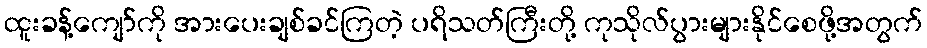
ထူးခန့်ကျော်ကို အားပေးချစ်ခင်ကြတဲ့ ပရိသတ်ကြီးတို့ ကုသိုလ်ပွားများနိုင်စေဖို့အတွက်